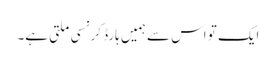
ایک تو اس سے ہمیں ہارڈ کرنسی ملتی ہے۔